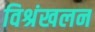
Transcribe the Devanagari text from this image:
विश्रंखलन